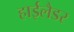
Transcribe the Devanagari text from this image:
हाईलैडर